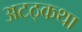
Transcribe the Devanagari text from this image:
अटठ्कथा